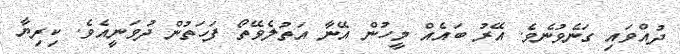
ދުއްވައި ގަނެވުނެވެ. އޭރު ބައެއް މީހުން އޭނާ އަތުލެވޭތޯ ފަހަތުން ދުވަނީއެވެ. ކިރިޔާ